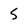
Character: 5